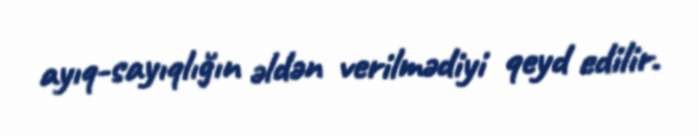
ayıq-sayıqlığın əldən verilmədiyi qeyd edilir.